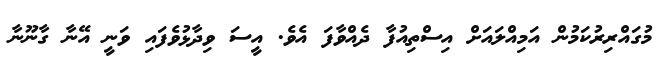
މުގައްރިރުކަމުން އަމިއްލައަށް އިސްތިއުފާ ދެއްވާފަ އެވެ. އީސަ ވިދާޅުވެފައި ވަނީ އޭނާ ގާނޫނާ